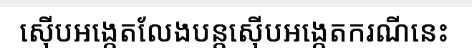
ស៊ើបអង្កេតលែងបន្តស៊ើបអង្កេតករណីនេះ